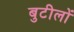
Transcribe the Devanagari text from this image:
बुटीलों